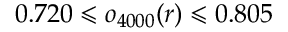
0 . 7 2 0 \leqslant o _ { 4 0 0 0 } ( r ) \leqslant 0 . 8 0 5